Vaccination in the Punjab 1905-1918 - 1905-1918
Year: 1905
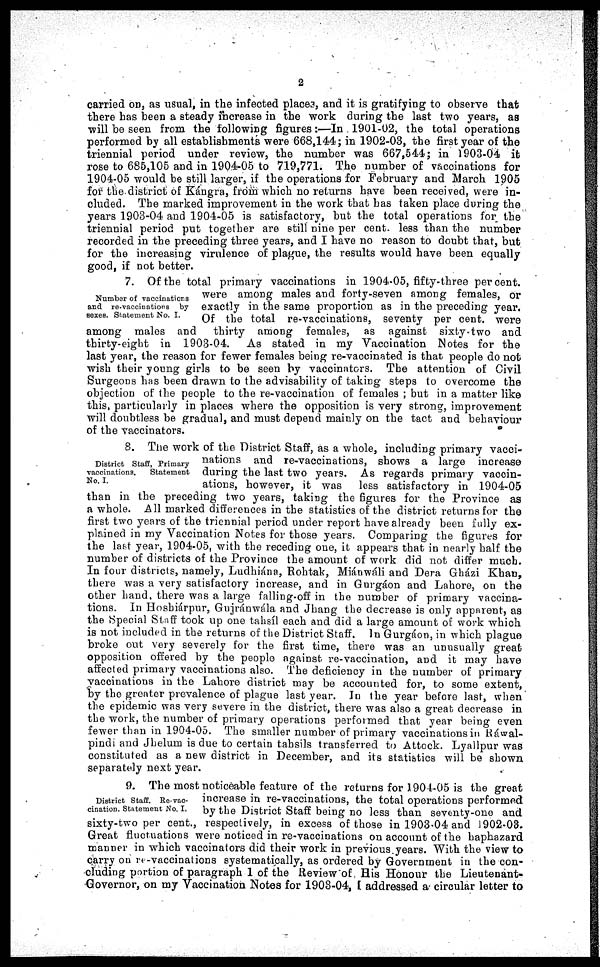
2
carried on, as usual, in the infected places, and it is gratifying to observe that
there has been a steady increase in the work during the last two years, as
will be seen from the following figures:—In 1901-02, the total operations
performed by all establishments were 668,144; in 1902-03, the first year of the
triennial period under review, the number was 667,544; in 1903-04 it
rose to 685,105 and in 1904-05 to 719,771. The number of vaccinations for
1904-05 would be still larger, if the operations for February and March 1905
for the district of Kángra, from which no returns have been received, were in-
cluded. The marked improvement in the work that has taken place during the
years 1903-04 and 1904-05 is satisfactory, but the total operations for the
triennial period put together are still nine per cent. less than the number
recorded in the preceding three years, and I have no reason to doubt that, but
for the increasing virulence of plague, the results would have been equally
good, if not better.
Number of vaccinations
and re-vaccinations by
sexes. Statement No. I.
7. Of the total primary vaccinations in 1904-05, fifty-three percent.
were among males and forty-seven among females, or
exactly in the same proportion as in the preceding year.
Of the total re-vaccinations, seventy per cent. were
among males and thirty among females, as against sixty-two and
thirty-eight in 1903-04. As stated in my Vaccination Notes for the
last year, the reason for fewer females being re-vaccinated is that people do not
wish their young girls to be seen by vaccinators. The attention of Civil
Surgeons has been drawn to the advisability of taking steps to overcome the
objection of the people to the re-vaccination of females ; but in a matter like
this, particularly in places where the opposition is very strong, improvement
will doubtless be gradual, and must depend mainly on the tact and behaviour
of the vaccinators.
District Staff, Primary
vaccinations.
Statement
No. I.
8. The work of the District Staff, as a whole, including primary vacci-
nations and re-vaccinations, shows a large increase
during the last two years. As regards primary vaccin-
ations, however, it was less satisfactory in 1904-05
than in the preceding two years, taking the figures for the Province as
a whole. All marked differences in the statistics of the district returns for the
first two years of the triennial period under report have already been fully ex-
plained in my Vaccination Notes for those years. Comparing the figures for
the last year, 1904-05, with the receding one, it appears that in nearly half the
number of districts of the Province the amount of work did not differ much.
In four districts, namely, Ludhiána, Rohtak, Miánwáli and Dera Gházi Khan,
there was a very satisfactory increase, and in Gurgáon and Lahore, on the
other hand, there was a large falling-off in the number of primary vaccina-
tions. In Hosbiárpur, Gujránwála and Jhang the decrease is only apparent, as
the Special Staff took up one tahsíl each and did a large amount of work which
is not included in the returns of the District Staff. In Gurgáon, in which plague
broke out very severely for the first time, there was an unusually great
opposition offered by the people against re-vaccination, and it may have
affected primary vaccinations also. The deficiency in the number of primary
vaccinations in the Lahore district may be accounted for, to some extent,
by the greater prevalence of plague last year. In the year before last, when
the epidemic was very severe in the district, there was also a great decrease in
the work, the number of primary operations performed that year being even
fewer than in 1904-05. The smaller number of primary vaccinations in Ráwal-
pindi and Jhelum is due to certain tahsils transferred to Attock. Lyallpur was
constituted as a new district in December, and its statistics will be shown
separately next year.
District Staff. Re-vac-
cination. Statement No. I.
9. The most noticeable feature of the returns for 1904-05 is the great
increase in re-vaccinations, the total operations performed
by the District Staff being no less than seventy-one and
sixty-two per cent., respectively, in excess of those in 1903-04 and 1902-03.
Great fluctuations were noticed in re-vaccinations on account of the haphazard
manner in which vaccinators did their work in previous years. With the view to
carry on re-vaccinations systematically, as ordered by Government in the con-
cluding portion of paragraph 1 of the Review of His Honour the Lieutenant-
Governor, on my Vaccination Notes for 1903-04, [ addressed a circular letter to